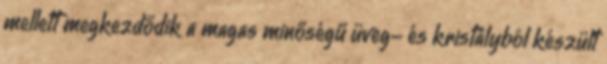
mellett megkezdődik a magas minőségű üveg- és kristályból készült